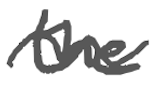
Text: the
Cross-out: wave
Writing tool: digital_gray